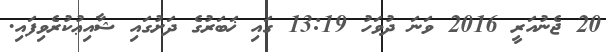
20 ޖެނުއަރީ 2016 ވަނަ ދުވަހު 13:19 ގައި ޚަބަރުގެ ދަށުގައި ޝާއިޢުކުރެވިފައި.